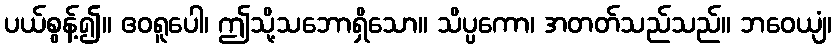
ပယ်စွန့်၍။ ဧဝရူပေါ၊ ဤသို့သဘောရှိသော။ သိပ္ပကော၊ အတတ်သည်သည်။ ဘဝေယျံ၊